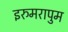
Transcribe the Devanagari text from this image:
इरुमरापुम